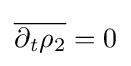
{\overline {\partial _{\mathit {t}}{\mathit {\rho }}_{2}}}=0